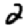
Digit: 2